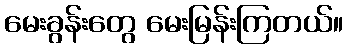
မေးခွန်းတွေ မေးမြန်းကြတယ်။